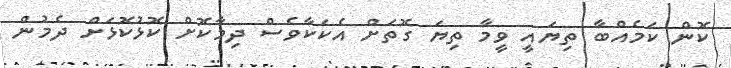
ކޮން ކަމެއްބާ ތިޔައީ ވީމާ ތިޔަ ގޮތަށް އެކަކާވެސް ދިމާކޮށް ކޮޅުކޮޅަށް ދެމުން